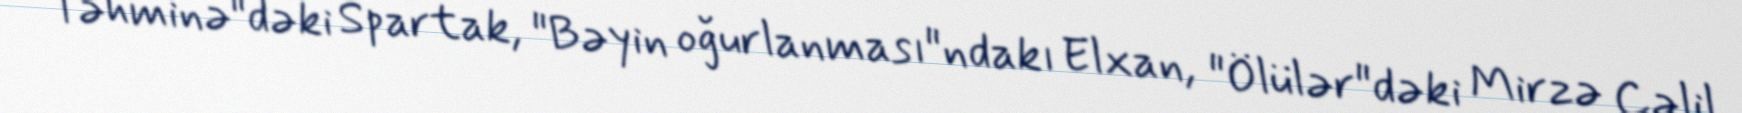
Təhminə"dəki Spartak, "Bəyin oğurlanması"ndakı Elxan, "Ölülər"dəki Mirzə Cəlil